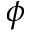
\phi